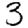
Digit: 3